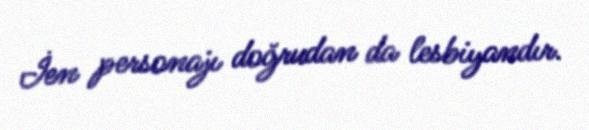
İen personajı doğrudan da lesbiyandır.